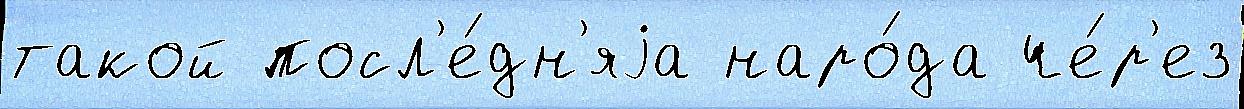
такой посл'е́дн'яjа наро́да че́р'ез